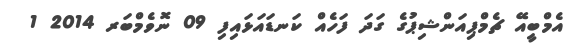
އެމްބީއޭ ޗެމްޕިއަންޝިޕުގެ ގަދަ ފަހެއް ކަނޑައަޅައިފި 09 ނޮވެމްބަރ 2014 1